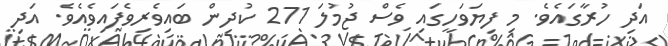
އަދި ހުރާގައެވެ. މި ފިޔަވަހީގައި ވެސް ޖުމުލަ 271 ކުދިން ބައިވެރިވެފައިވެއެވެ. އަދި